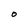
Character: O